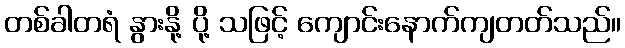
တစ်ခါတရံ နွားနို့ ပို့ သဖြင့် ကျောင်းနောက်ကျတတ်သည်။